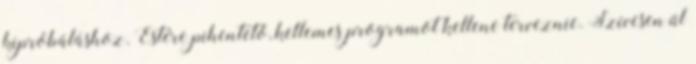
kipróbáláshoz. Estére pihentető, kellemes programot kellene terveznie. Szívesen ül